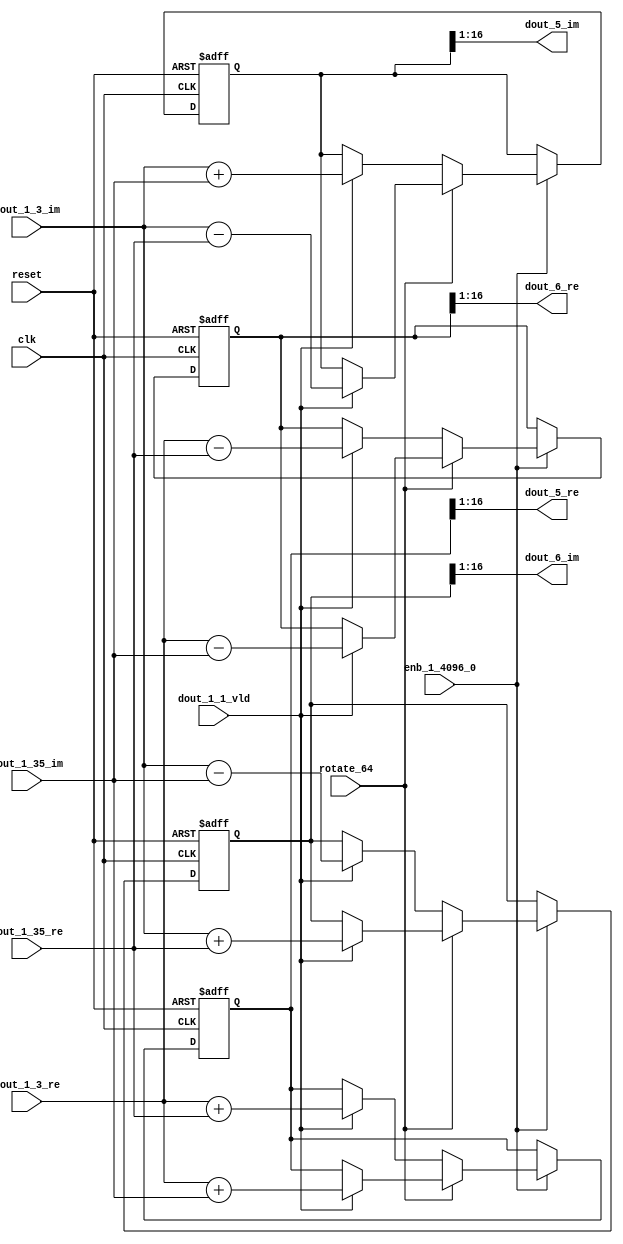
// -------------------------------------------------------------
// 
// 
// Generated by MATLAB 9.14 and HDL Coder 4.1
// 
// -------------------------------------------------------------


// -------------------------------------------------------------
// 
// Module: RADIX22FFT_SDNF2_2_block1
// Source Path: dsphdl.IFFT/RADIX22FFT_SDNF2_2
// Hierarchy Level: 4
// 
// -------------------------------------------------------------

`timescale 1 ns / 1 ns

module RADIX22FFT_SDNF2_2_block1
          (clk,
           reset,
           enb_1_4096_0,
           rotate_64,
           dout_1_3_re,
           dout_1_3_im,
           dout_1_35_re,
           dout_1_35_im,
           dout_1_1_vld,
           dout_5_re,
           dout_5_im,
           dout_6_re,
           dout_6_im);


  input   clk;
  input   reset;
  input   enb_1_4096_0;
  input   rotate_64;  // ufix1
  input   signed [15:0] dout_1_3_re;  // sfix16_En14
  input   signed [15:0] dout_1_3_im;  // sfix16_En14
  input   signed [15:0] dout_1_35_re;  // sfix16_En14
  input   signed [15:0] dout_1_35_im;  // sfix16_En14
  input   dout_1_1_vld;
  output  signed [15:0] dout_5_re;  // sfix16_En14
  output  signed [15:0] dout_5_im;  // sfix16_En14
  output  signed [15:0] dout_6_re;  // sfix16_En14
  output  signed [15:0] dout_6_im;  // sfix16_En14


  reg  Radix22ButterflyG2_NF_din_vld_dly;
  reg signed [16:0] Radix22ButterflyG2_NF_btf1_re_reg;  // sfix17
  reg signed [16:0] Radix22ButterflyG2_NF_btf1_im_reg;  // sfix17
  reg signed [16:0] Radix22ButterflyG2_NF_btf2_re_reg;  // sfix17
  reg signed [16:0] Radix22ButterflyG2_NF_btf2_im_reg;  // sfix17
  reg  Radix22ButterflyG2_NF_din_vld_dly_next;
  reg signed [16:0] Radix22ButterflyG2_NF_btf1_re_reg_next;  // sfix17_En14
  reg signed [16:0] Radix22ButterflyG2_NF_btf1_im_reg_next;  // sfix17_En14
  reg signed [16:0] Radix22ButterflyG2_NF_btf2_re_reg_next;  // sfix17_En14
  reg signed [16:0] Radix22ButterflyG2_NF_btf2_im_reg_next;  // sfix17_En14
  reg signed [15:0] dout_5_re_1;  // sfix16_En14
  reg signed [15:0] dout_5_im_1;  // sfix16_En14
  reg signed [15:0] dout_6_re_1;  // sfix16_En14
  reg signed [15:0] dout_6_im_1;  // sfix16_En14
  reg  dout_2_vld;
  reg signed [16:0] Radix22ButterflyG2_NF_add_cast;  // sfix17_En14
  reg signed [16:0] Radix22ButterflyG2_NF_add_cast_0;  // sfix17_En14
  reg signed [16:0] Radix22ButterflyG2_NF_add_cast_1;  // sfix17_En14
  reg signed [16:0] Radix22ButterflyG2_NF_add_cast_2;  // sfix17_En14
  reg signed [16:0] Radix22ButterflyG2_NF_sub_cast;  // sfix17_En14
  reg signed [16:0] Radix22ButterflyG2_NF_sub_cast_0;  // sfix17_En14
  reg signed [16:0] Radix22ButterflyG2_NF_sub_cast_1;  // sfix17_En14
  reg signed [16:0] Radix22ButterflyG2_NF_sub_cast_2;  // sfix17_En14
  reg signed [16:0] Radix22ButterflyG2_NF_sra_temp;  // sfix17_En14
  reg signed [16:0] Radix22ButterflyG2_NF_add_cast_3;  // sfix17_En14
  reg signed [16:0] Radix22ButterflyG2_NF_add_cast_4;  // sfix17_En14
  reg signed [16:0] Radix22ButterflyG2_NF_add_cast_5;  // sfix17_En14
  reg signed [16:0] Radix22ButterflyG2_NF_add_cast_6;  // sfix17_En14
  reg signed [16:0] Radix22ButterflyG2_NF_sra_temp_0;  // sfix17_En14
  reg signed [16:0] Radix22ButterflyG2_NF_sub_cast_3;  // sfix17_En14
  reg signed [16:0] Radix22ButterflyG2_NF_sub_cast_4;  // sfix17_En14
  reg signed [16:0] Radix22ButterflyG2_NF_sub_cast_5;  // sfix17_En14
  reg signed [16:0] Radix22ButterflyG2_NF_sub_cast_6;  // sfix17_En14
  reg signed [16:0] Radix22ButterflyG2_NF_sra_temp_1;  // sfix17_En14
  reg signed [16:0] Radix22ButterflyG2_NF_sra_temp_2;  // sfix17_En14


  // Radix22ButterflyG2_NF
  always @(posedge clk or posedge reset)
    begin : Radix22ButterflyG2_NF_process
      if (reset == 1'b1) begin
        Radix22ButterflyG2_NF_din_vld_dly <= 1'b0;
        Radix22ButterflyG2_NF_btf1_re_reg <= 17'sb00000000000000000;
        Radix22ButterflyG2_NF_btf1_im_reg <= 17'sb00000000000000000;
        Radix22ButterflyG2_NF_btf2_re_reg <= 17'sb00000000000000000;
        Radix22ButterflyG2_NF_btf2_im_reg <= 17'sb00000000000000000;
      end
      else begin
        if (enb_1_4096_0) begin
          Radix22ButterflyG2_NF_din_vld_dly <= Radix22ButterflyG2_NF_din_vld_dly_next;
          Radix22ButterflyG2_NF_btf1_re_reg <= Radix22ButterflyG2_NF_btf1_re_reg_next;
          Radix22ButterflyG2_NF_btf1_im_reg <= Radix22ButterflyG2_NF_btf1_im_reg_next;
          Radix22ButterflyG2_NF_btf2_re_reg <= Radix22ButterflyG2_NF_btf2_re_reg_next;
          Radix22ButterflyG2_NF_btf2_im_reg <= Radix22ButterflyG2_NF_btf2_im_reg_next;
        end
      end
    end

  always @(Radix22ButterflyG2_NF_btf1_im_reg, Radix22ButterflyG2_NF_btf1_re_reg,
       Radix22ButterflyG2_NF_btf2_im_reg, Radix22ButterflyG2_NF_btf2_re_reg,
       Radix22ButterflyG2_NF_din_vld_dly, dout_1_1_vld, dout_1_35_im,
       dout_1_35_re, dout_1_3_im, dout_1_3_re, rotate_64) begin
    Radix22ButterflyG2_NF_add_cast_1 = 17'sb00000000000000000;
    Radix22ButterflyG2_NF_add_cast_2 = 17'sb00000000000000000;
    Radix22ButterflyG2_NF_sub_cast_1 = 17'sb00000000000000000;
    Radix22ButterflyG2_NF_sub_cast_2 = 17'sb00000000000000000;
    Radix22ButterflyG2_NF_add_cast_5 = 17'sb00000000000000000;
    Radix22ButterflyG2_NF_add_cast_6 = 17'sb00000000000000000;
    Radix22ButterflyG2_NF_sub_cast_5 = 17'sb00000000000000000;
    Radix22ButterflyG2_NF_sub_cast_6 = 17'sb00000000000000000;
    Radix22ButterflyG2_NF_add_cast = 17'sb00000000000000000;
    Radix22ButterflyG2_NF_add_cast_0 = 17'sb00000000000000000;
    Radix22ButterflyG2_NF_sub_cast = 17'sb00000000000000000;
    Radix22ButterflyG2_NF_sub_cast_0 = 17'sb00000000000000000;
    Radix22ButterflyG2_NF_add_cast_3 = 17'sb00000000000000000;
    Radix22ButterflyG2_NF_add_cast_4 = 17'sb00000000000000000;
    Radix22ButterflyG2_NF_sub_cast_3 = 17'sb00000000000000000;
    Radix22ButterflyG2_NF_sub_cast_4 = 17'sb00000000000000000;
    Radix22ButterflyG2_NF_btf1_re_reg_next = Radix22ButterflyG2_NF_btf1_re_reg;
    Radix22ButterflyG2_NF_btf1_im_reg_next = Radix22ButterflyG2_NF_btf1_im_reg;
    Radix22ButterflyG2_NF_btf2_re_reg_next = Radix22ButterflyG2_NF_btf2_re_reg;
    Radix22ButterflyG2_NF_btf2_im_reg_next = Radix22ButterflyG2_NF_btf2_im_reg;
    Radix22ButterflyG2_NF_din_vld_dly_next = dout_1_1_vld;
    if (rotate_64 != 1'b0) begin
      if (dout_1_1_vld) begin
        Radix22ButterflyG2_NF_add_cast_1 = {dout_1_3_re[15], dout_1_3_re};
        Radix22ButterflyG2_NF_add_cast_2 = {dout_1_35_im[15], dout_1_35_im};
        Radix22ButterflyG2_NF_btf1_re_reg_next = Radix22ButterflyG2_NF_add_cast_1 + Radix22ButterflyG2_NF_add_cast_2;
        Radix22ButterflyG2_NF_sub_cast_1 = {dout_1_3_re[15], dout_1_3_re};
        Radix22ButterflyG2_NF_sub_cast_2 = {dout_1_35_im[15], dout_1_35_im};
        Radix22ButterflyG2_NF_btf2_re_reg_next = Radix22ButterflyG2_NF_sub_cast_1 - Radix22ButterflyG2_NF_sub_cast_2;
        Radix22ButterflyG2_NF_add_cast_5 = {dout_1_3_im[15], dout_1_3_im};
        Radix22ButterflyG2_NF_add_cast_6 = {dout_1_35_re[15], dout_1_35_re};
        Radix22ButterflyG2_NF_btf2_im_reg_next = Radix22ButterflyG2_NF_add_cast_5 + Radix22ButterflyG2_NF_add_cast_6;
        Radix22ButterflyG2_NF_sub_cast_5 = {dout_1_3_im[15], dout_1_3_im};
        Radix22ButterflyG2_NF_sub_cast_6 = {dout_1_35_re[15], dout_1_35_re};
        Radix22ButterflyG2_NF_btf1_im_reg_next = Radix22ButterflyG2_NF_sub_cast_5 - Radix22ButterflyG2_NF_sub_cast_6;
      end
    end
    else if (dout_1_1_vld) begin
      Radix22ButterflyG2_NF_add_cast = {dout_1_3_re[15], dout_1_3_re};
      Radix22ButterflyG2_NF_add_cast_0 = {dout_1_35_re[15], dout_1_35_re};
      Radix22ButterflyG2_NF_btf1_re_reg_next = Radix22ButterflyG2_NF_add_cast + Radix22ButterflyG2_NF_add_cast_0;
      Radix22ButterflyG2_NF_sub_cast = {dout_1_3_re[15], dout_1_3_re};
      Radix22ButterflyG2_NF_sub_cast_0 = {dout_1_35_re[15], dout_1_35_re};
      Radix22ButterflyG2_NF_btf2_re_reg_next = Radix22ButterflyG2_NF_sub_cast - Radix22ButterflyG2_NF_sub_cast_0;
      Radix22ButterflyG2_NF_add_cast_3 = {dout_1_3_im[15], dout_1_3_im};
      Radix22ButterflyG2_NF_add_cast_4 = {dout_1_35_im[15], dout_1_35_im};
      Radix22ButterflyG2_NF_btf1_im_reg_next = Radix22ButterflyG2_NF_add_cast_3 + Radix22ButterflyG2_NF_add_cast_4;
      Radix22ButterflyG2_NF_sub_cast_3 = {dout_1_3_im[15], dout_1_3_im};
      Radix22ButterflyG2_NF_sub_cast_4 = {dout_1_35_im[15], dout_1_35_im};
      Radix22ButterflyG2_NF_btf2_im_reg_next = Radix22ButterflyG2_NF_sub_cast_3 - Radix22ButterflyG2_NF_sub_cast_4;
    end
    Radix22ButterflyG2_NF_sra_temp = Radix22ButterflyG2_NF_btf1_re_reg >>> 8'd1;
    dout_5_re_1 = Radix22ButterflyG2_NF_sra_temp[15:0];
    Radix22ButterflyG2_NF_sra_temp_0 = Radix22ButterflyG2_NF_btf1_im_reg >>> 8'd1;
    dout_5_im_1 = Radix22ButterflyG2_NF_sra_temp_0[15:0];
    Radix22ButterflyG2_NF_sra_temp_1 = Radix22ButterflyG2_NF_btf2_re_reg >>> 8'd1;
    dout_6_re_1 = Radix22ButterflyG2_NF_sra_temp_1[15:0];
    Radix22ButterflyG2_NF_sra_temp_2 = Radix22ButterflyG2_NF_btf2_im_reg >>> 8'd1;
    dout_6_im_1 = Radix22ButterflyG2_NF_sra_temp_2[15:0];
    dout_2_vld = Radix22ButterflyG2_NF_din_vld_dly;
  end



  assign dout_5_re = dout_5_re_1;

  assign dout_5_im = dout_5_im_1;

  assign dout_6_re = dout_6_re_1;

  assign dout_6_im = dout_6_im_1;

endmodule  // RADIX22FFT_SDNF2_2_block1